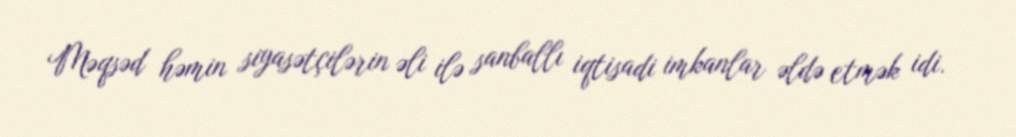
Məqsəd həmin siyasətçilərin əli ilə sanballı iqtisadi imkanlar əldə etmək idi.